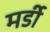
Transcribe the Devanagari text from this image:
मर्डी